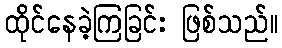
ထိုင်နေခဲ့ကြခြင်း ဖြစ်သည်။